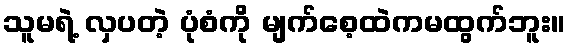
သူမရဲ့ လှပတဲ့ ပုံစံကို မျက်စေ့ထဲကမထွက်ဘူး။